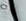
تانج